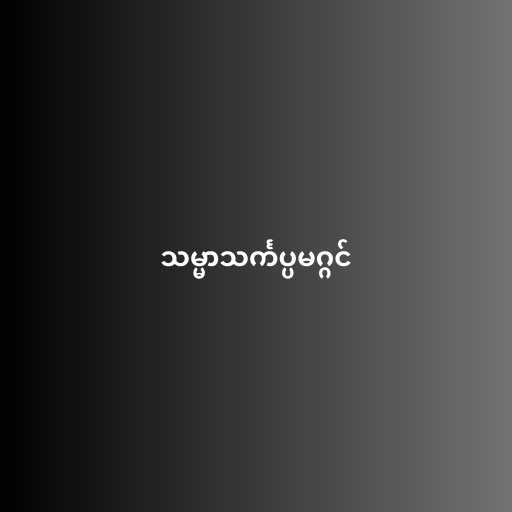
သမ္မာသင်္ကပ္ပမဂ္ဂင်